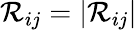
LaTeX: \mathcal{R}_{ij}=|{\mathbf{\mathcal{R}}}_{ij}|